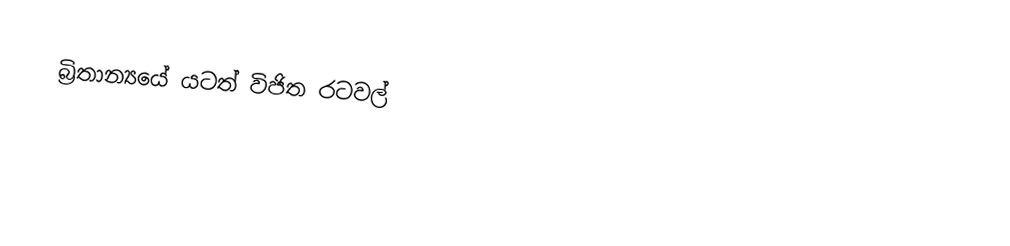
බ්‍රිතාන්‍යයේ යටත් විජිත රටවල්